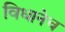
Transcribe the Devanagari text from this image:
विधानेच